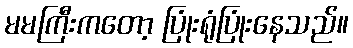
မမကြီးကတော့ ပြုံးရုံပြုံးနေသည်။